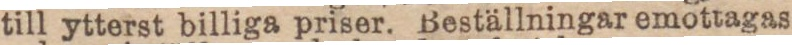
till ytterst billiga priser. Beställningar emottagas